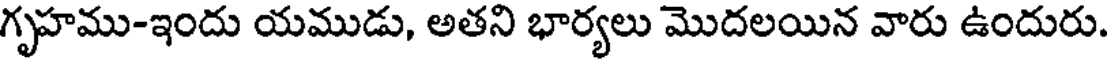
గృహము-ఇందు యముడు, అతని భార్యలు మొదలయిన వారు ఉందురు.